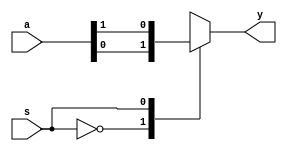
module mux(a,y,s);
input [1:0] a ; //input 

input s ;//select line

output y;
reg y;

always @( a or s)
begin 
case (s)
1'b0: y= a[0];
1'b1 : y = a[1];
default : y= 1'bz;
endcase

end

endmodule